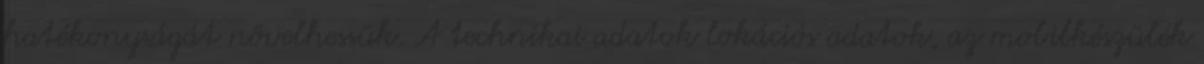
hatékonyságát növelhessük. A technikai adatok lokációs adatok, az mobilkészülék